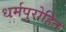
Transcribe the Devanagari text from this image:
धर्मपुरोहित